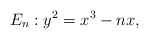
\begin{align*}E_n: y^2=x^3-nx,\end{align*}